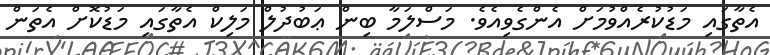
އެތާގައި މަޑުކުރެއްވުމަށް އެންގެވިއެވެ. މަސްލަމާ ބިން ޢަބުދުލް މަލިކް އެތާގައި މަޑުކޮށް އެތަން